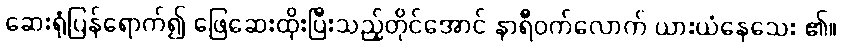
ဆေးရုံပြန်ရောက်၍ ဖြေဆေးထိုးပြီးသည့်တိုင်အောင် နာရီဝက်လောက် ယားယံနေသေး ၏။